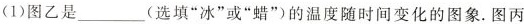
(1)图乙是___(选填”冰”或”蜡”)的温度随时间变化的图象.图丙